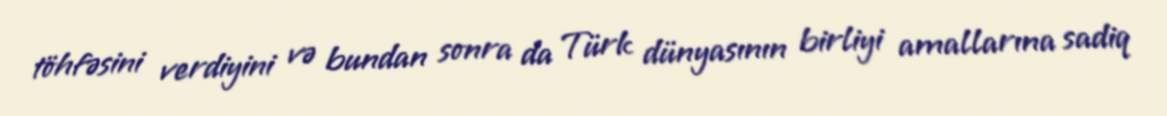
töhfəsini verdiyini və bundan sonra da Türk dünyasının birliyi amallarına sadiq